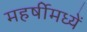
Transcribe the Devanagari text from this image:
महर्षीमध्यें